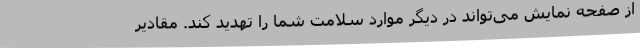
از صفحه نمایش می‌تواند در دیگر موارد سلامت شما را تهدید کند. مقادیر